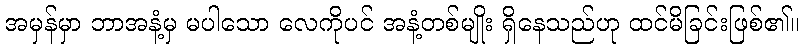
အမှန်မှာ ဘာအနံ့မှ မပါသော လေကိုပင် အနံ့တစ်မျိုး ရှိနေသည်ဟု ထင်မိခြင်းဖြစ်၏။